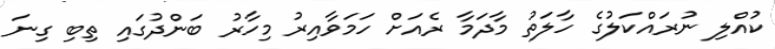
ކުއްލި ނުރައްކަލުގެ ހާލަތު މާދަމާ ރެއަށް ހަމަވާއިރު މިހާރު ބަންދުގައި ތިބި ގިނަ